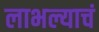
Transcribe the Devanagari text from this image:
लाभल्याचं